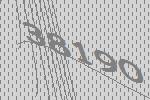
38190